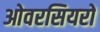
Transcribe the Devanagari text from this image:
ओवरसियरों